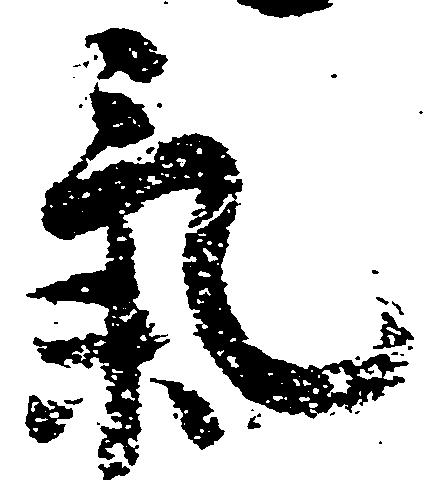
気